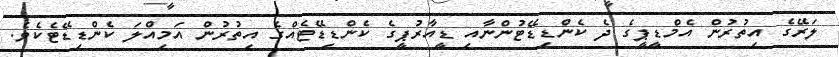
ލަރޭގެ އިތުރުން އެމްޑީޕީގެ ދެ ކެންޑިޑޭޓުންނާއި ޑީއާރުޕީގެ ކެންޑިޑޭޓެއްގެ އިތުރުން އަމިއްލަ ކެންޑިޑޭޓެކެވެ.